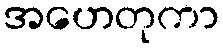
အဟေတုကာ